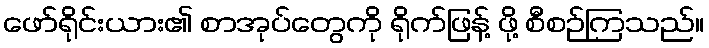
ဖော်ရိုင်းယား၏ စာအုပ်တွေကို ရိုက်ဖြန့် ဖို့ စီစဉ်ကြသည်။